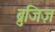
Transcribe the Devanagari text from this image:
ब्रुजिज़